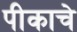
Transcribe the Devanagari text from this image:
पीकाचे